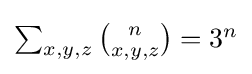
\textstyle \sum _{x,y,z}{n \choose x,y,z}=3^{n}